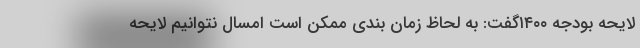
لایحه بودجه ۱۴۰۰گفت: به لحاظ زمان بندی ممکن است امسال نتوانیم لایحه